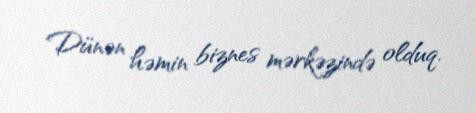
Dünən həmin biznes mərkəzində olduq.